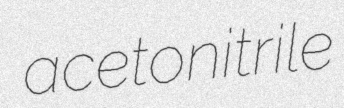
acetonitrile